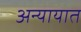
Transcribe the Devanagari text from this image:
अन्यायात